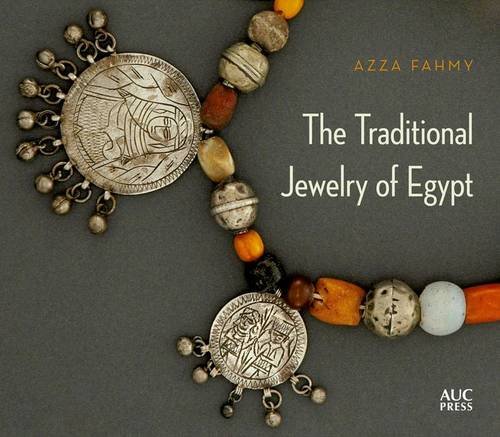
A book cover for The Traditional Jewelry of Egypt; Azza Fahmy; Crafts, Hobbies & Home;